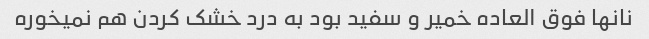
نانها فوق العاده خمیر و سفید بود به درد خشک کردن هم نمیخوره